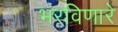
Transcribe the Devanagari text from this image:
भरविणारे